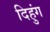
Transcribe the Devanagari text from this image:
दिहुंग